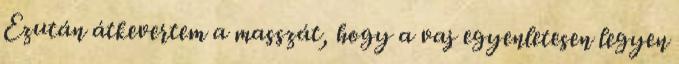
Ezután átkevertem a masszát, hogy a vaj egyenletesen legyen